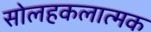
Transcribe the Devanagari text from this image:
सोलहकलात्मक